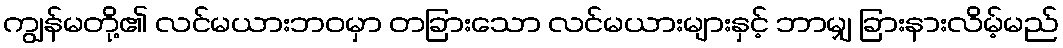
ကျွန်မတို့၏ လင်မယားဘဝမှာ တခြားသော လင်မယားများနှင့် ဘာမျှ ခြားနားလိမ့်မည်